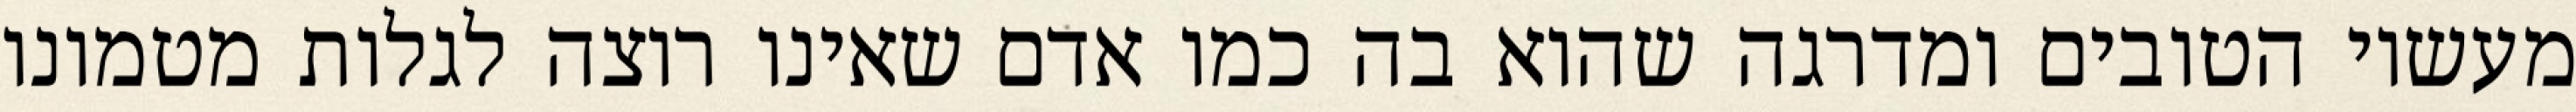
מעשיו הטובים ומדרגה שהוא בה כמו אדם שאינו רוצה לגלות מטמונו